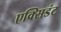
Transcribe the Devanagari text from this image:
एक्सिडंट